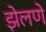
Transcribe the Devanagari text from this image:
झेलणे